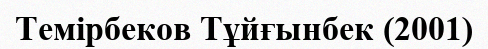
Темірбеков Тұйғынбек (2001)